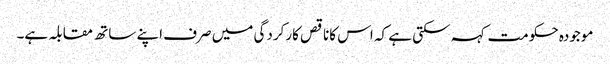
موجودہ حکومت کہہ سکتی ہے کہ اس کاناقص کارکردگی میں صرف اپنے ساتھ مقابلہ ہے۔